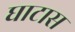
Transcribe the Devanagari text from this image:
घाटास